Vaccination North-Western Provinces and Oudh 1878-1895 - 1878-1895
Year: 1878
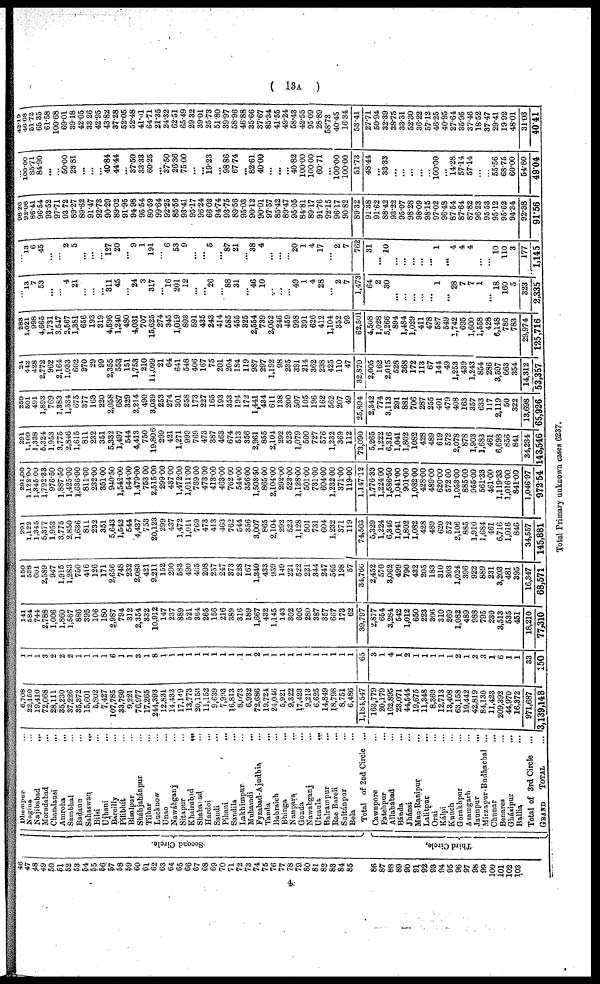
( 13A )
46
47
48
49
50
51
52
53
54
55
56
57
58
59
60
61 62
63
64
65
66
67
68
69
70
71
72
73
74
75
76
77
78
79
80
81
82
88
84
85
86
87
88
89
90
91
92
93
94
95
96
97
98
99
100
101
102
103
Second Circle.
Third Circle.
Dbampur ...
Nagina ...
Najibabad ...
Moradabad ...
Chandausi
...
Amroha
...
Sambhal ...
Badaun ...
Sabaswan
...
Bilsi ...
Uihani ...
Bareilly ...
Pilibhít ...
Bisalpur ...
Sháhjahánpur ...
Tilhar ...
Lucknow ...
Unao ...
Nawábganj ...
Sitapur ...
Khairabad
...
Shahabad ...
Hardoi ...
Sandi ...
Pihani ...
Sandila ...
Lakbimpur ...
Muhamdi
...
Fyzabad-Ajudhia ...
Tanda ...
Bahraich ...
Bhinga ...
Nanpara ...
Gonda ...
Nawabganj ...
Utraula
...
Balrampur ...
Rae Bareli ...
Sultánpur ...
Bela ...
Total of 2nd Circle ...
Cawnpore ...
Fatehpur ...
Allababad ...
Bánda ...
Jhánsi ...
Mau-Ranipur ...
Lalitpur ...
Orai ...
Kálpí ...
Kunch ...
Gorakhpur ...
Azaragarh ...
Jaunpur
...
Mirzapur-Badhachal ...
Chunar ...
Benares ...
Gházipur ...
Ballia ...
Total of 3rd Circle
...
GRAND
TOTAL
...
6,708
22,150
19,410
72,068
28,111
35,230
37,226
35,372
15,601
5,802
7,427
107,785
33,799
9,221
76,977
17,265
244,393
12,831
14,432
17,149
13,773
20,153
11,152
9,639
7,993
16,813
8,073
6,932
72,686
19,724
24,046
5,921
9,322
17,423
9,213
6,625
14,849
18,798
8,751
6,486
1,181,547
163,779
20,179
162,895
23,071
44,544
19,675
11,348
8,369
12,713
13,408
63,158
19,442
42,819
84,130
11,423
209,392
44,970
16,372
971,687
3,139,148.
1
1
1
3
2
2
2
1
1
1
1
6
1
1
3
1
8
1
1
1
1
1
1
1
1
1
1
1
2
1
1
1
1
1
1
1
1
1
1
1
65
3
1
4
1
2
1
1
1
1
1
2
1
2
3
1
6
1
1
33
150
141
584
744
2,788
1,006
1,860
1,567
886
395
106
180
2,987
794
312
2,354
332
10,912
147
237
889
521
364
265
156
216
389
316
189
1,667
432
1,145
143
302
606
280
387
357
667
173
62
39,797
2,877
654
3,284
542
1,012
650
223
306
310
269
1,082
489
988
795
230
3,513
535
451
18,210
77,310
150
538
601
2,589
947
1,915
1,283
750
416
126
171
2,656
748
232
2,083
421
9,211
152
200
583
490
405
208
257
247
373
228
167
1,340
433
959
149
221
522
221
344
247
565
198
57
34,766
2,452
570
3,062
499
790
432
205
183
310
303
1,024
396
922
889
231
3,203
481
395
16,347
68,571
201
1,122
1,345
5,377
1,953
3,775
2,850
1,636
811
232
351
5,643
1,542
544
4,437
753
20,123
299
437
1,472
1,011
769
473
413
463
762
544
356
3,007
865
2,104
292
523
1,128
501
731
604
1,232
371
119
74,563
5,329
1,224
6,346
1,041
1,802
1,082
428
489
620
572
2,106
885
1,910
1,684
461
6,716
1,016
846
34,557
145,881
291.00
1,122.00
1,345.00
1,792.33
976.50
1,887.50
1,425.00
1,636.00
811.00
232.00
351.00
940.50
1,542.00
544.00
1,479.00
753.00
2,515.00
299.00
437.00
1,472.00
1,011.00
769.00
473.00
413.00
463.00
762.00
544.00
356.00
1,503.50
S65.00
2,104.00
292.00
523.00
1,128.00
501.00
731.00
604.00
1,232.00
371.00
119.00
1,147.12
1,776.33
1,224.00
1,586.50
1,041.00
901.00
1,082.00
428.00
489.00
620.00
572.00
1,053.00
885.00
955.00
561.33
461.00
1,119.33
1,016.00
841.00
1,046.97
972.54
201
1,109
1,338
5,324
1,953
3,775
2,846
1,615
811
232
351
5,332
1,497
544
4,413
750
19,806
299
421
1,271
999
769
473
387
463
674
513
356
2,961
855
2,104
292
523
1,079
500
727
576
1,232
369
112
73,090
5,265
1,222
6,316
1,041
1,802
1,082
428
489
619
572
2,078
878
1,903
1,6S3
461
6,698
856
841
34,234
143,546
259
501
491
1,893
769
1,383
1,534
675
377
163
220
2,058
687
329
2,214
490
3,039
253
274
301
258
173
227
165
193
353
194
172
1,441
434
611
138
200
507
105
196
162
562
207
49
25,894
2,342
774
3,113
291
881
706
287
255
401
479
408
163
357
633
117
2,119
50
322
13,698
65,926
24
442
428
2,772
962
2,164
1,033
602
270
29
99
2,355
553
151
1,753
210
11,099
21
64
641
548
406
167
75
201
204
184
119
987
297
1,192
98
235
391
214
362
238
425
110
47
32,870
2,005
162
2,015
528
368
172
113
67
144
49
1,253
439
1,243
854
286
3,597
663
354
14,312
53,357
283
1,021
998
4,665
1,731
3,547
2,567
1,381
656
193
319
4596
1,240
480
4,031
707
15,625
274
345
1,019
893
591
435
243
414
585
455
325
2,554
739
2,052
246
459
998
391
626
412
1,104
352
99
62,501
4,508
1,028
5,266
894
1,484
1,029
411
478
587
549
1,742
695
1,600
1,558
428
6,148
786
783
29,974
125,716
...
13
7
53
...
...
4
21
...
...
...
311
45
...
24
3
317
...
16
201
12
...
...
26
...
88
31
...
46
10
...
...
...
49
1
4
28
...
2
7
1,473
64
2
30
...
...
...
...
...
1
...
28
7
7
1
...
18
160
5
323
2,335
...
13
6
45
...
...
2
5
...
...
...
127
20
...
9
1
191
...
6
53
9
...
...
5
...
87
21
...
38
4
...
...
...
20
1
4
17
...
2
7
762
31
...
10
...
...
...
...
...
1
...
4
4
4
...
...
10
110
3
177
1,145
98.26
92.06
86.41
96.54
93.52
97.71
93.72
89.27
89.62
91.47
92.73
90.29
89.02
91.95
94.98
95.54
80.59
99.64
92.25
85.56
93.41
95.17
96.24
66.03
94.74
93.75
89.56
95.03
90.12
90.01
97.57
85.42
89.47
95,05
84.81
89.17
91.76
92.15
96.17
90.82
89.32
91.38
91.62
88.42
93.22
95.07
98.28
98.09
98.15
97.02
96.48
87.54
87.64
87.82
96.23
95.53
95.12
95.62
94.34
92.38
91.56
...
100.00
85.71
84.90
...
...
50.00
23.81
...
...
...
40.84
44.44
...
37.50
33.33
60.25
...
37.50
26.36
75.00
...
...
19.23
...
98.86
67.74
...
82.61
40.00
...
...
...
40.82
100.00
100.00
60.71
...
10000
100.00
51.73
48.44
...
33.33
...
...
...
...
...
100.00
...
14.28
57.14
57.14
...
...
55.56
68.75
60.00
54.80
49.04
42.19
46.68
51.72
65.35
61.58
100.68
69.01
39.18
42.05
33.26
42.95
43.82
37.28
52.05
52.48
41.01
64 71
21.35
24.32
62.51
65.49
29.32
39.01
25.73
51.80
39.97
58.96
46.88
35.66
3767
85.34
41.55
49.24
58.43
42.55
95.09
28.89
58.73
40.45
16.34
53.41
27.71
50.94
32.39
38.75
33.31
52.30
36.22
57.12
46.25
40.95
27.64
35.95
37.46
18.52
37.47
29.41
19.92
48.01
31.03
40.41
Total Primary unknown cases 6237.
4